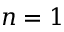
n = 1